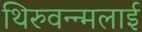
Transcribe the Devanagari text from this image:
थिरुवन्न्मलाई